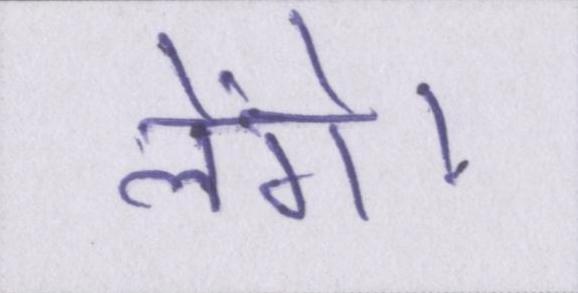
लेंगे।